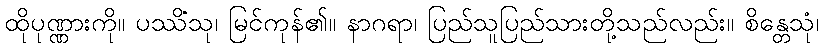
ထိုပုဏ္ဏားကို။ ပဿိံသု၊ မြင်ကုန်၏။ နာဂရာ၊ ပြည်သူပြည်သားတို့သည်လည်း။ စိန္တေသုံ၊